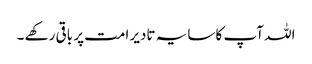
اللہ آپ کا سایہ تادیر امت پر باقی رکھے ۔